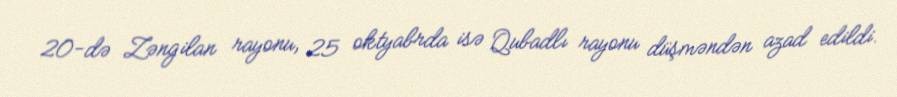
20-də Zəngilan rayonu, 25 oktyabrda isə Qubadlı rayonu düşməndən azad edildi.